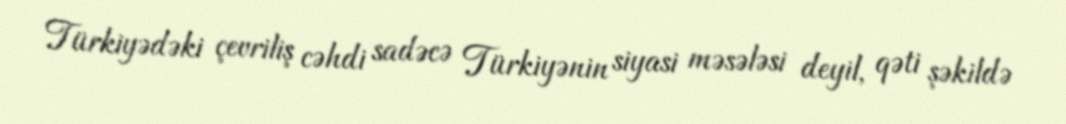
Türkiyədəki çevriliş cəhdi sadəcə Türkiyənin siyasi məsələsi deyil, qəti şəkildə